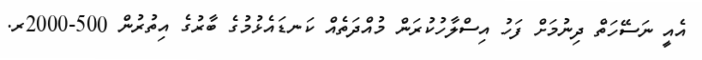
އެއީ ނަސޭހަތް ދިނުމަށް ފަހު އިސްލާހުކުރަން މުއްދަތެއް ކަނޑައެޅުމުގެ ބާރުގެ އިތުރުން 500-2000ރ.